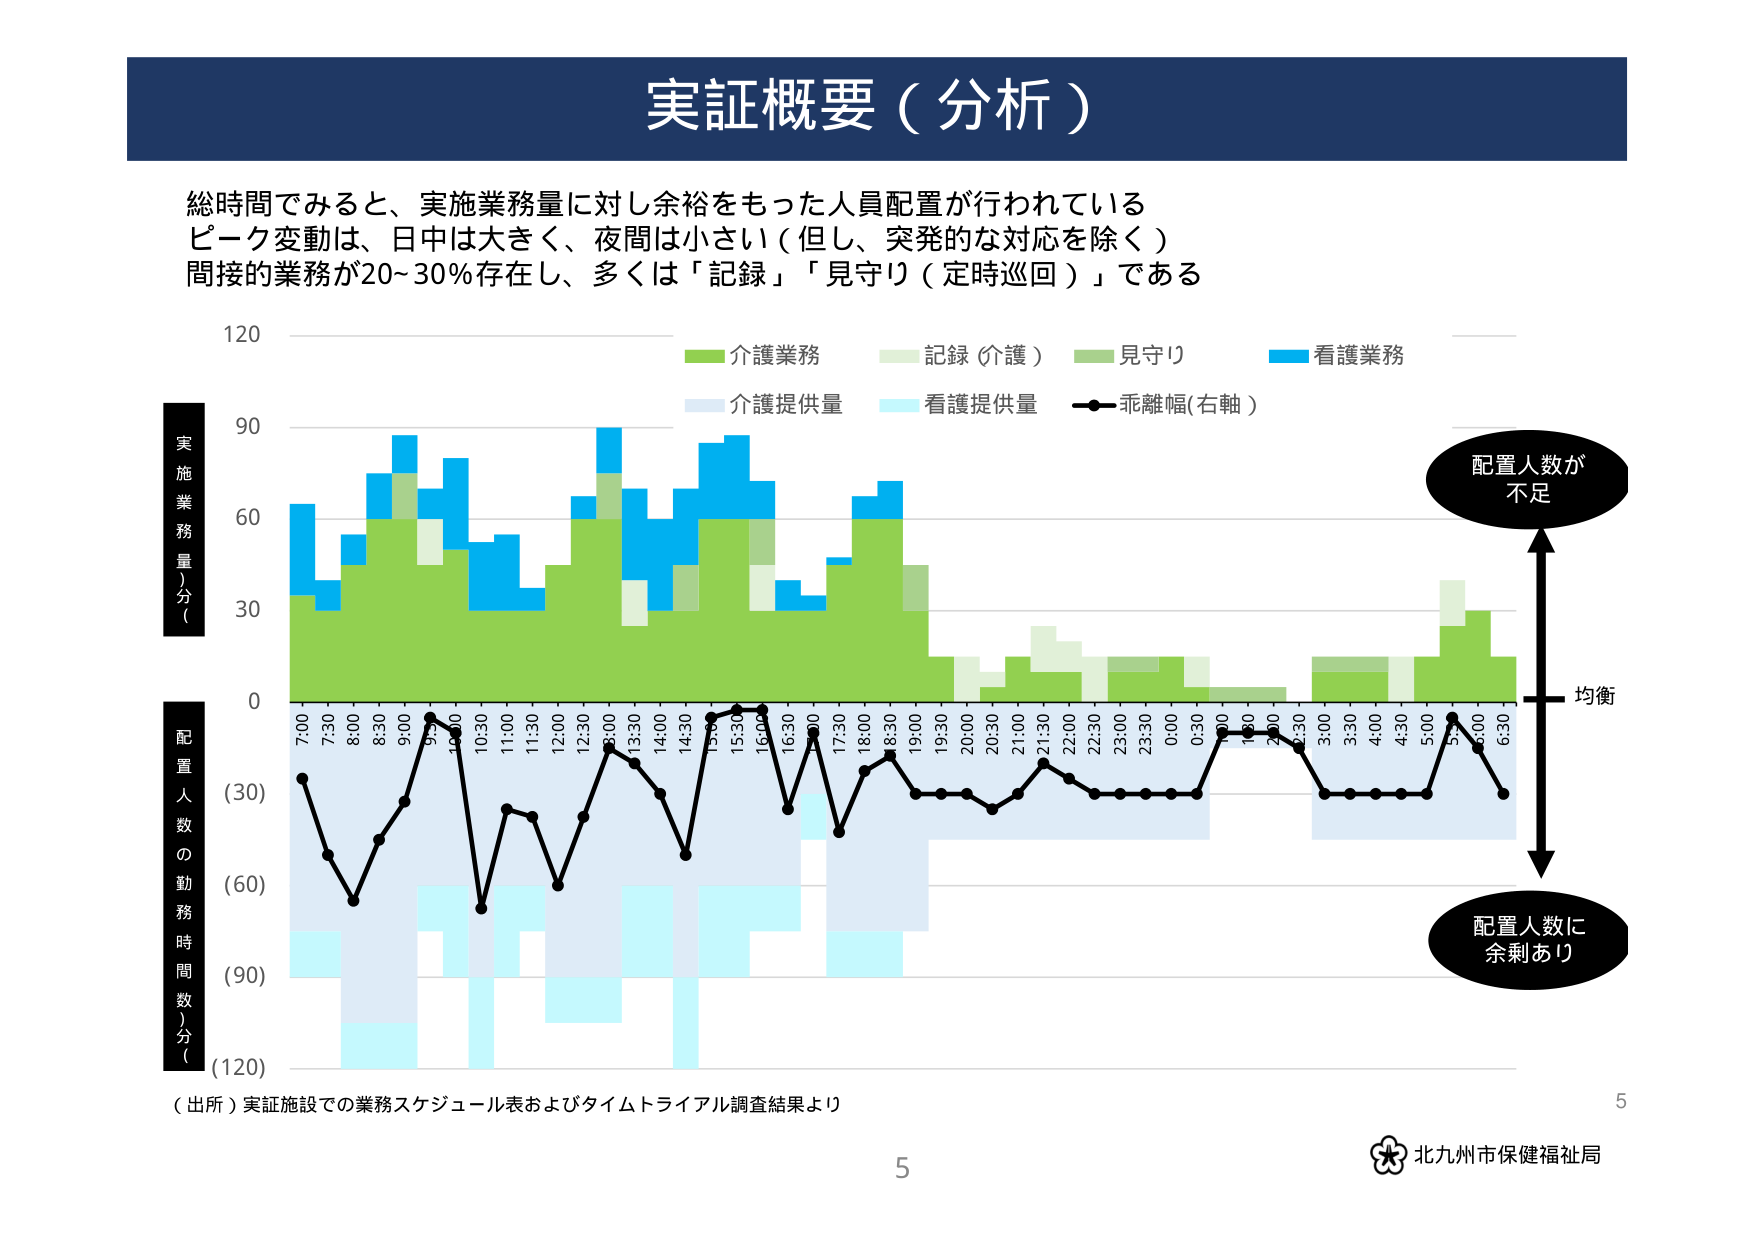
実証概要（分析）

総時間でみると、実施業務量に対し余裕をもった人員配置が行われている
ピーク変動は、日中は大きく、夜間は小さい（但し、突発的な対応を除く）
間接的業務が20~30%存在し、多くは「記録」「見守り（定時巡回）」である

実施業務量（分）
配置人数の勤務時間数（分）

7:00 7:30 8:00 8:30 9:00 9:30 10:00 10:30 11:00 11:30 12:00 12:30 13:00 13:30 14:00 14:30 15:00 15:30 16:00 16:30 17:00 17:30 18:00 18:30 19:00 19:30 20:00 20:30 21:00 21:30 22:00 22:30 23:00 23:30 0:00 0:30 1:00 1:30 2:00 2:30 3:00 3:30 4:00 4:30 5:00 5:30 6:00 6:30

介護業務
記録（介護）
見守り
看護業務
介護提供量
看護提供量
乖離幅（右軸）

配置人数が不足
均衡
配置人数に余剰あり

（出所）実証施設での業務スケジュール表およびタイムトライアル調査結果より

5
北九州市保健福祉局